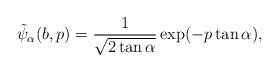
\begin{align*}\tilde{\psi}_\alpha(b,p) = \frac{1}{\sqrt{2\tan\alpha}}\exp(-p\tan\alpha),\end{align*}